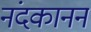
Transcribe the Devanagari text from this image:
नंदकानन